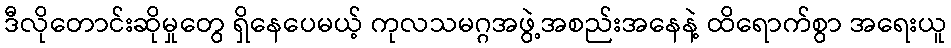
ဒီလိုတောင်းဆိုမှုတွေ ရှိနေပေမယ့် ကုလသမဂ္ဂအဖွဲ့အစည်းအနေနဲ့ ထိရောက်စွာ အရေးယူ